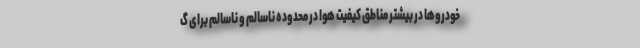
خودروها در بیشتر مناطق کیفیت هوا در محدوده ناسالم و ناسالم برای گ